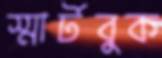
স্মার্টবুক